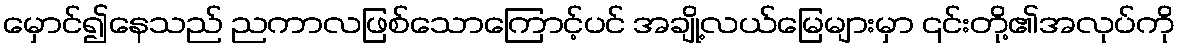
မှောင်၍နေသည် ညကာလဖြစ်သောကြောင့်ပင် အချို့လယ်မြေများမှာ ၎င်းတို့၏အလုပ်ကို